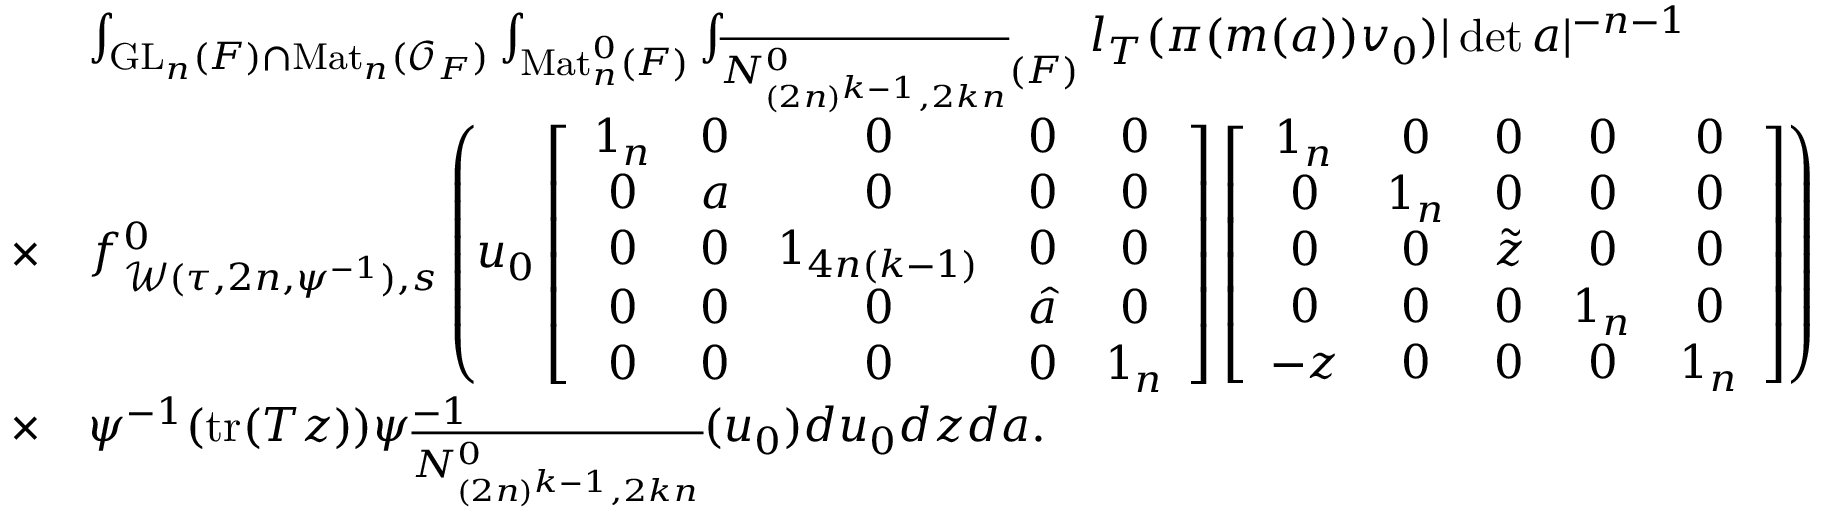
\begin{array} { r l } & { \int _ { \mathrm { G L } _ { n } ( F ) \cap \mathrm { M a t } _ { n } ( \mathcal { O } _ { F } ) } \int _ { \mathrm { M a t } _ { n } ^ { 0 } ( F ) } \int _ { \overline { { N _ { ( 2 n ) ^ { k - 1 } , 2 k n } ^ { 0 } } } ( F ) } l _ { T } ( \pi ( m ( a ) ) v _ { 0 } ) | \operatorname* { d e t } a | ^ { - n - 1 } } \\ { \times } & { f _ { \mathcal { W } ( \tau , 2 n , \psi ^ { - 1 } ) , s } ^ { 0 } \left( u _ { 0 } \left[ \begin{array} { c c c c c } { 1 _ { n } } & { 0 } & { 0 } & { 0 } & { 0 } \\ { 0 } & { a } & { 0 } & { 0 } & { 0 } \\ { 0 } & { 0 } & { 1 _ { 4 n ( k - 1 ) } } & { 0 } & { 0 } \\ { 0 } & { 0 } & { 0 } & { \hat { a } } & { 0 } \\ { 0 } & { 0 } & { 0 } & { 0 } & { 1 _ { n } } \end{array} \right] \left[ \begin{array} { c c c c c } { 1 _ { n } } & { 0 } & { 0 } & { 0 } & { 0 } \\ { 0 } & { 1 _ { n } } & { 0 } & { 0 } & { 0 } \\ { 0 } & { 0 } & { \tilde { z } } & { 0 } & { 0 } \\ { 0 } & { 0 } & { 0 } & { 1 _ { n } } & { 0 } \\ { - z } & { 0 } & { 0 } & { 0 } & { 1 _ { n } } \end{array} \right] \right) } \\ { \times } & { \psi ^ { - 1 } ( \mathrm { t r } ( T z ) ) \psi _ { \overline { { N _ { ( 2 n ) ^ { k - 1 } , 2 k n } ^ { 0 } } } } ^ { - 1 } ( u _ { 0 } ) d u _ { 0 } d z d a . } \end{array}